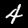
Digit: 4